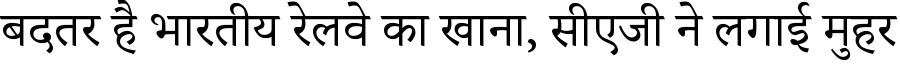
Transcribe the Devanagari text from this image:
बदतर है भारतीय रेलवे का खाना, सीएजी ने लगाई मुहर